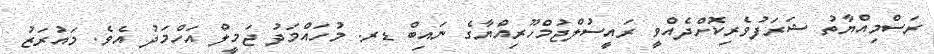
ރަސްމިއްޔާތު ޝަރަފުވެރިކޮށްދެއްވީ ރައީސުލްޖުމްހޫރިއްޔާގެ ނައިބް ޑރ. މުހައްމަދު ޖަމީލް އަހްމަދު އެވެ. މައުރަޒު